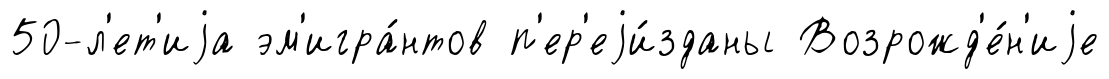
50-л'ет'иjа эм'игра́нтов п'ер'еjи́зданы Возрожд'е́н'иjе